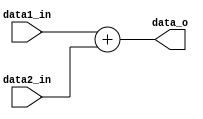
module Adder
(
	data1_in,
	data2_in,
	data_o
);

	parameter width = 32;

	input  [width - 1: 0] data1_in;
	input  [width - 1: 0] data2_in;
	output [width - 1: 0] data_o;

	reg    [width - 1: 0] data_o;

	always @(data1_in or data2_in) begin
		data_o <= data1_in + data2_in;
	end
	
endmodule